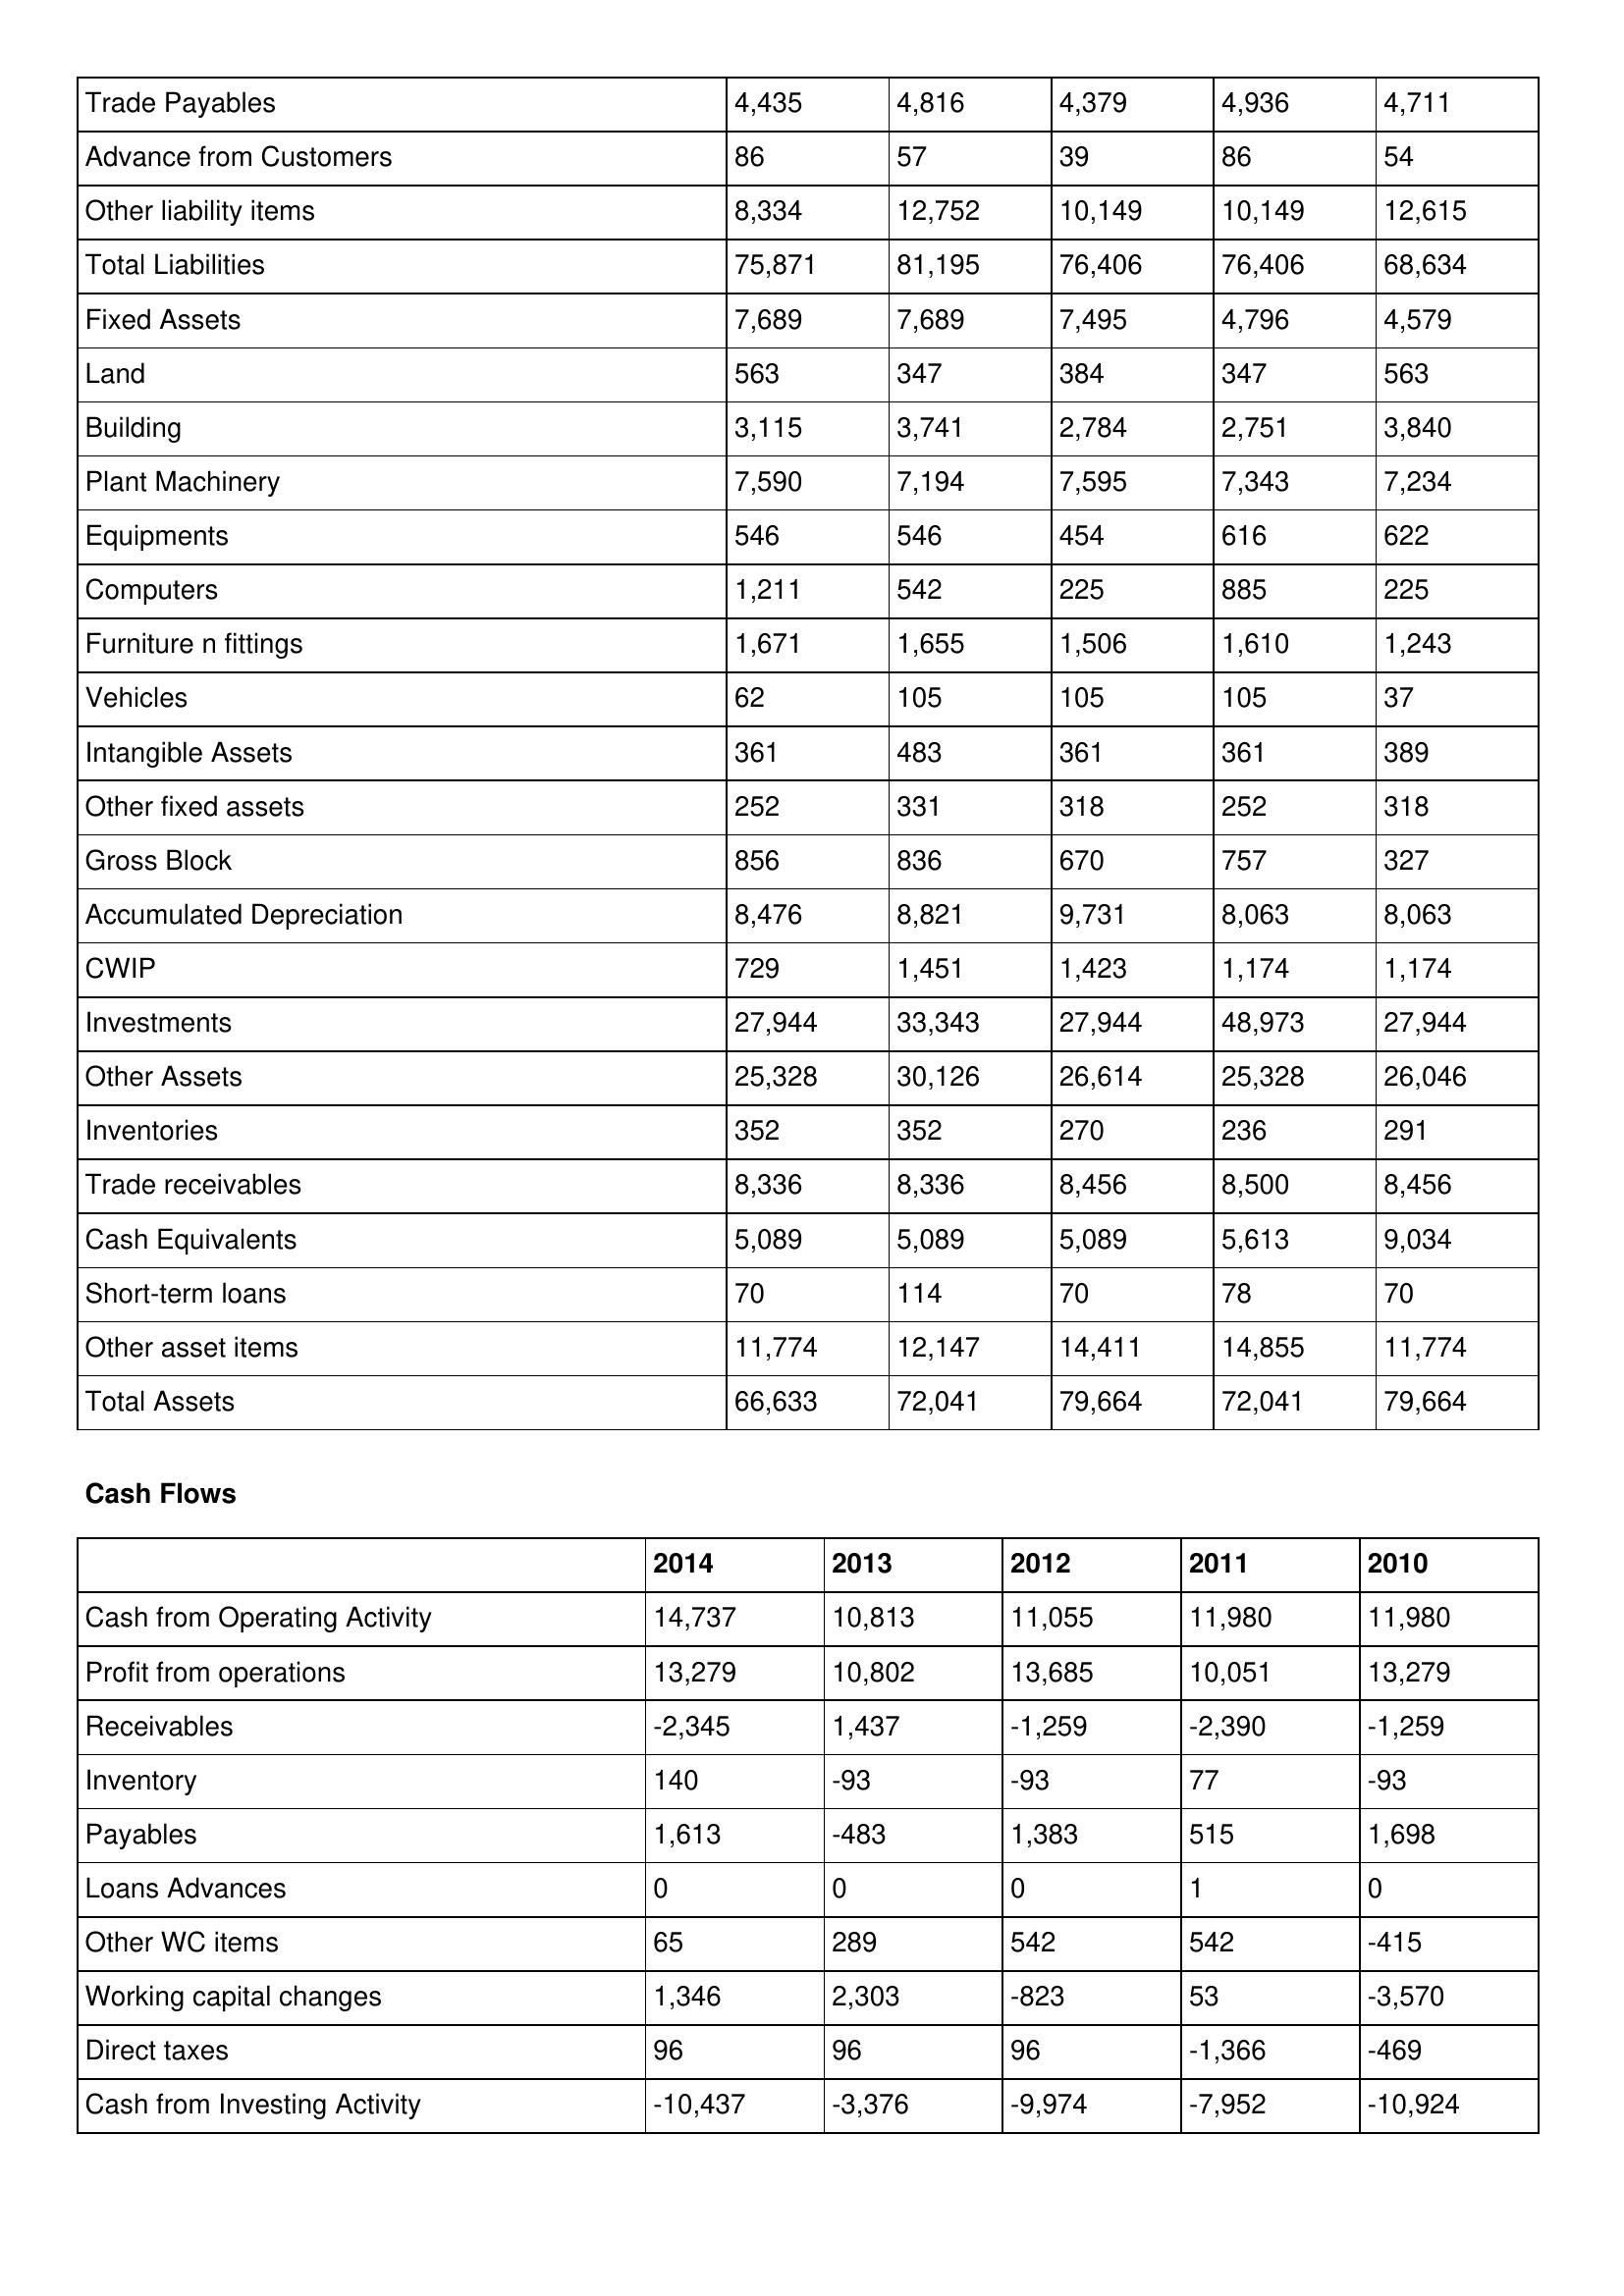
gt_parse: 2014: Balance Sheet: Trade Payables: 4,435
Advance from Customers: 86
Other liability items: 8,334
Total Liabilities: 75,871
Fixed Assets: 7,689
Land: 563
Building: 3,115
Plant Machinery: 7,590
Equipments: 546
Computers: 1,211
Furniture n fittings: 1,671
Vehicles: 62
Intangible Assets: 361
Other fixed assets: 252
Gross Block: 856
Accumulated Depreciation: 8,476
CWIP: 729
Investments: 27,944
Other Assets: 25,328
Inventories: 352
Trade receivables: 8,336
Cash Equivalents: 5,089
Short-term loans: 70
Other asset items: 11,774
Total Assets: 66,633
Cash Flows: Cash from Operating Activity: 14,737
Profit from operations: 13,279
Receivables: -2,345
Inventory: 140
Payables: 1,613
Loans Advances: 0
Other WC items: 65
Working capital changes: 1,346
Direct taxes: 96
Cash from Investing Activity: -10,437
2013: Balance Sheet: Trade Payables: 4,816
Advance from Customers: 57
Other liability items: 12,752
Total Liabilities: 81,195
Fixed Assets: 7,689
Land: 347
Building: 3,741
Plant Machinery: 7,194
Equipments: 546
Computers: 542
Furniture n fittings: 1,655
Vehicles: 105
Intangible Assets: 483
Other fixed assets: 331
Gross Block: 836
Accumulated Depreciation: 8,821
CWIP: 1,451
Investments: 33,343
Other Assets: 30,126
Inventories: 352
Trade receivables: 8,336
Cash Equivalents: 5,089
Short-term loans: 114
Other asset items: 12,147
Total Assets: 72,041
Cash Flows: Cash from Operating Activity: 10,813
Profit from operations: 10,802
Receivables: 1,437
Inventory: -93
Payables: -483
Loans Advances: 0
Other WC items: 289
Working capital changes: 2,303
Direct taxes: 96
Cash from Investing Activity: -3,376
2012: Balance Sheet: Trade Payables: 4,379
Advance from Customers: 39
Other liability items: 10,149
Total Liabilities: 76,406
Fixed Assets: 7,495
Land: 384
Building: 2,784
Plant Machinery: 7,595
Equipments: 454
Computers: 225
Furniture n fittings: 1,506
Vehicles: 105
Intangible Assets: 361
Other fixed assets: 318
Gross Block: 670
Accumulated Depreciation: 9,731
CWIP: 1,423
Investments: 27,944
Other Assets: 26,614
Inventories: 270
Trade receivables: 8,456
Cash Equivalents: 5,089
Short-term loans: 70
Other asset items: 14,411
Total Assets: 79,664
Cash Flows: Cash from Operating Activity: 11,055
Profit from operations: 13,685
Receivables: -1,259
Inventory: -93
Payables: 1,383
Loans Advances: 0
Other WC items: 542
Working capital changes: -823
Direct taxes: 96
Cash from Investing Activity: -9,974
2011: Balance Sheet: Trade Payables: 4,936
Advance from Customers: 86
Other liability items: 10,149
Total Liabilities: 76,406
Fixed Assets: 4,796
Land: 347
Building: 2,751
Plant Machinery: 7,343
Equipments: 616
Computers: 885
Furniture n fittings: 1,610
Vehicles: 105
Intangible Assets: 361
Other fixed assets: 252
Gross Block: 757
Accumulated Depreciation: 8,063
CWIP: 1,174
Investments: 48,973
Other Assets: 25,328
Inventories: 236
Trade receivables: 8,500
Cash Equivalents: 5,613
Short-term loans: 78
Other asset items: 14,855
Total Assets: 72,041
Cash Flows: Cash from Operating Activity: 11,980
Profit from operations: 10,051
Receivables: -2,390
Inventory: 77
Payables: 515
Loans Advances: 1
Other WC items: 542
Working capital changes: 53
Direct taxes: -1,366
Cash from Investing Activity: -7,952
2010: Balance Sheet: Trade Payables: 4,711
Advance from Customers: 54
Other liability items: 12,615
Total Liabilities: 68,634
Fixed Assets: 4,579
Land: 563
Building: 3,840
Plant Machinery: 7,234
Equipments: 622
Computers: 225
Furniture n fittings: 1,243
Vehicles: 37
Intangible Assets: 389
Other fixed assets: 318
Gross Block: 327
Accumulated Depreciation: 8,063
CWIP: 1,174
Investments: 27,944
Other Assets: 26,046
Inventories: 291
Trade receivables: 8,456
Cash Equivalents: 9,034
Short-term loans: 70
Other asset items: 11,774
Total Assets: 79,664
Cash Flows: Cash from Operating Activity: 11,980
Profit from operations: 13,279
Receivables: -1,259
Inventory: -93
Payables: 1,698
Loans Advances: 0
Other WC items: -415
Working capital changes: -3,570
Direct taxes: -469
Cash from Investing Activity: -10,924